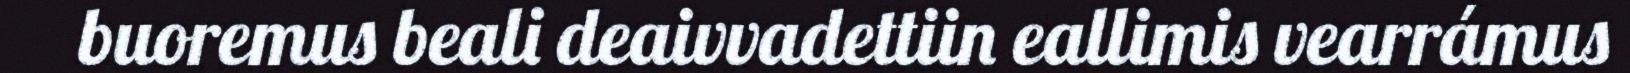
buoremus beali deaivvadettiin eallimis vearrámus